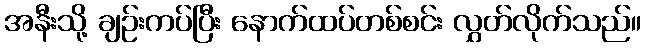
အနီးသို့ ချဉ်းကပ်ပြီး နောက်ထပ်တစ်စင်း လွှတ်လိုက်သည်။